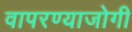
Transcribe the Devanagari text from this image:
वापरण्याजोगी